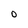
Character: o